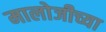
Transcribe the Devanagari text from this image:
मालोजीच्या